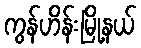
ကွန်ဟိန်းမြို့နယ်